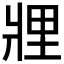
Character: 𤖃